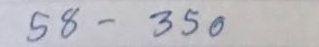
58 - 350